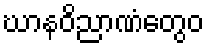
ဃာနဝိညာဏံတွေဝ